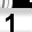
Digit: 1